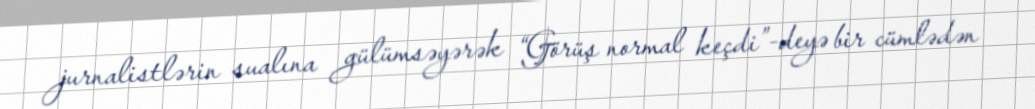
jurnalistlərin sualına gülümsəyərək “Görüş normal keçdi”-deyə bir cümlədən